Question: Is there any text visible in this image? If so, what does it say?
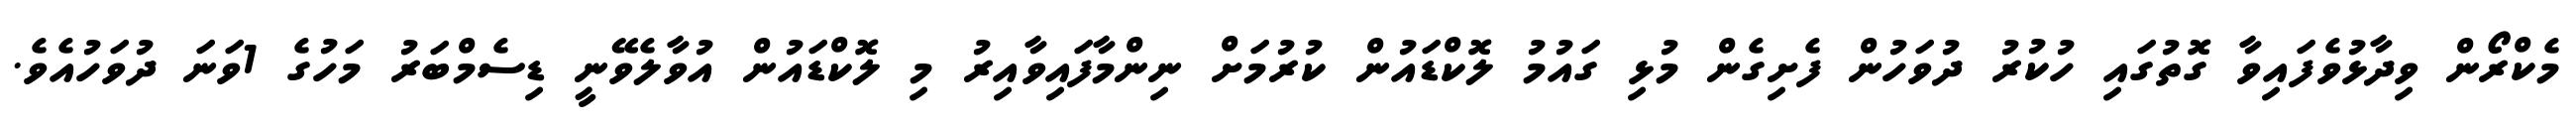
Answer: މެކްރޯން ވިދާޅުވެފައިވާ ގޮތުގައި ހުކުރު ދުވަހުން ފެށިގެން މުޅި ގައުމު ލޮކްޑައުން ކުރުމަށް ނިންމާފައިވާއިރު މި ލޮކްޑައުން އުވާލެވޭނީ ޑިސެމްބަރު މަހުގެ 1ވަނަ ދުވަހުއެވެ.